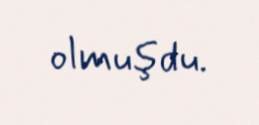
olmuşdu.